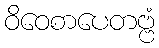
ဝိဝေစာပေတဗ္ဗံ